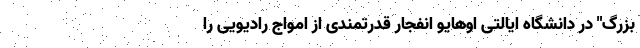
بزرگ" در دانشگاه ایالتی اوهایو انفجار قدرتمندی از امواج رادیویی را